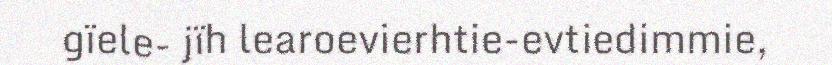
gïele- jïh learoevierhtie-evtiedimmie,